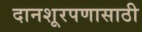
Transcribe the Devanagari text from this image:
दानशूरपणासाठी